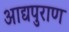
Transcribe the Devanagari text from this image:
आद्यपुराण